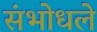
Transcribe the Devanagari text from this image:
संभोधले